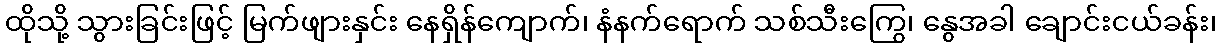
ထိုသို့ သွားခြင်းဖြင့် မြက်ဖျားနှင်း နေရှိန်ကျောက်၊ နံနက်ရောက် သစ်သီးကြွေ၊ နွေအခါ ချောင်းငယ်ခန်း၊